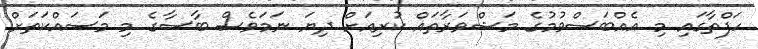
ހަފްތާގައި މި އެއްބަސްވުމުގެ މަޝްވަރާތައް ކުރިއަށް ދިޔަ ނަމަވެސް ބާސާގެ މި މަސައްކަތަށް